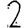
Digit: 2